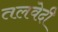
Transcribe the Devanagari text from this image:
तलवेदी